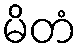
မိတံ